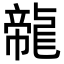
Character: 㡣